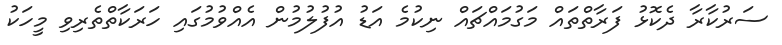
ސަރުކާރާ ދެކޮޅު ފަރާތްތައް މަގުމައްޗައް ނިކުމެ އަޑު އުފުލުމުން އެއްވުުމުގައި ހަރަކާތްތެރިވި މީހަކު